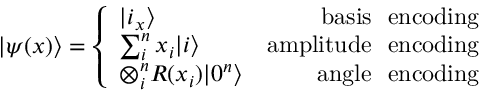
| \psi ( x ) \rangle = \left\{ \begin{array} { l r } { | i _ { x } \rangle } & { \mathrm { b a s i s ~ \ e n c o d i n g } } \\ { \sum _ { i } ^ { n } x _ { i } | i \rangle } & { \mathrm { a m p l i t u d e ~ \ e n c o d i n g } } \\ { \otimes _ { i } ^ { n } R ( x _ { i } ) | 0 ^ { n } \rangle } & { \mathrm { a n g l e ~ \ e n c o d i n g } } \end{array} \right.